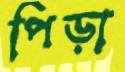
পিড়া